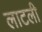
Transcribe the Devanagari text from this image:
लाटली